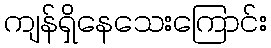
ကျန်ရှိနေသေးကြောင်း